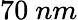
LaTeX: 70\ nm